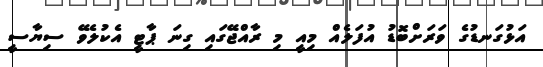
އަޅުގަނޑުގެ ވަރަށްބޮޑު އުފަލެއް މިއީ މި ރާއްޖޭގައި ގިނަ ޕާޓީ އެކުލެވޭ ސިޔާސީ